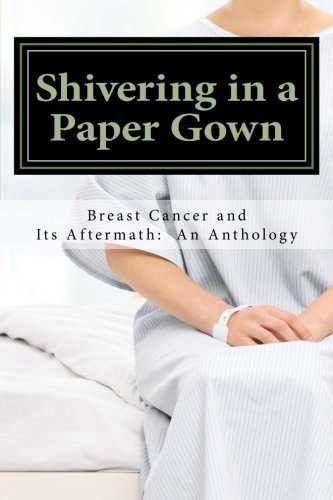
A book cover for Shivering in a Paper Gown: Breast Cancer and Its Aftermath:  An Anthology; Various; Health, Fitness & Dieting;